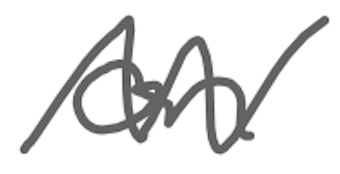
Text: on
Cross-out: zig-zag
Writing tool: digital_gray